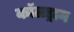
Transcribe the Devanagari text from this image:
कॉलड्रान